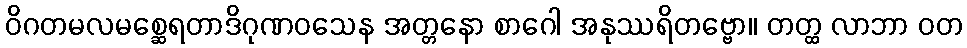
ဝိဂတမလမစ္ဆေရတာဒိဂုဏဝသေန အတ္တနော စာဂေါ အနုဿရိတဗ္ဗော။ တတ္ထ လာဘာ ဝတ